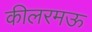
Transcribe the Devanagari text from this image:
कीलरमऊ